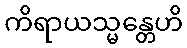
ကိရာယသ္မန္တေဟိ